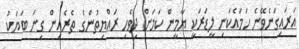
އަރައިގަނެވޭނެ ހަމައެކަނި ލީޑަރަކީ ޔާމީން ކަމަށް ދިވެހި ރައްޔިތުންގެ ތެރެއިން ގިނަ ބަޔަކު